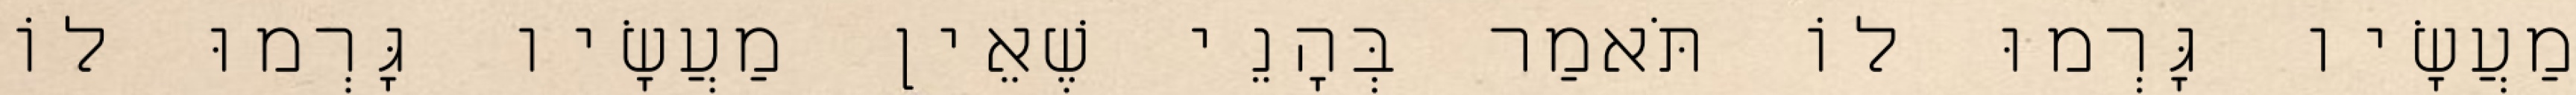
מַעֲשָׂיו גָּרְמוּ לוֹ תֹּאמַר בְּהָנֵי שֶׁאֵין מַעֲשָׂיו גָּרְמוּ לוֹ